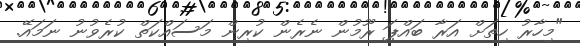
"މިހާރު ހިތަށް އަރާ ބައްޕަ ރޫމުން ނެރެން ކުރިން މަސައްކަތް ކުރެވުނު ނަމައޭ.